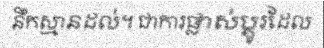
នឹកស្មានដល់។ ជាការផ្លាស់ប្តូរដែល